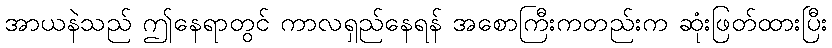
အာယနဲသည် ဤနေရာတွင် ကာလရှည်နေရန် အစောကြီးကတည်းက ဆုံးဖြတ်ထားပြီး